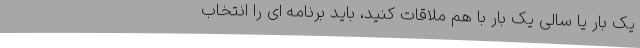
یک بار یا سالی یک بار با هم ملاقات کنید، باید برنامه ای را انتخاب